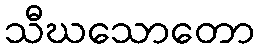
သီဃသောတော